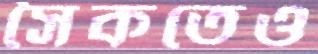
সৈকতেও